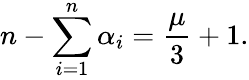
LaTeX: n-\sum_{i=1}^{n}\alpha_{i}=\frac{\mu}{3}+1.